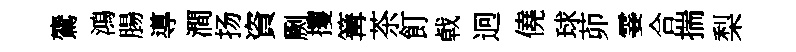
鷟鴻腸導澗扬資劂攫篝茶飣㦸迥僥球茆霎合揣梨